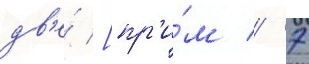
дв'е́ [пр'и́м // 7